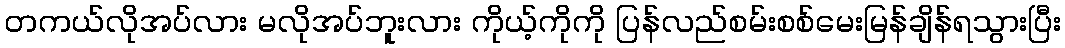
တကယ်လိုအပ်လား မလိုအပ်ဘူးလား ကိုယ့်ကိုကို ပြန်လည်စမ်းစစ်မေးမြန်ချိန်ရသွားပြီး